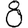
Digit: 8